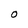
Character: O